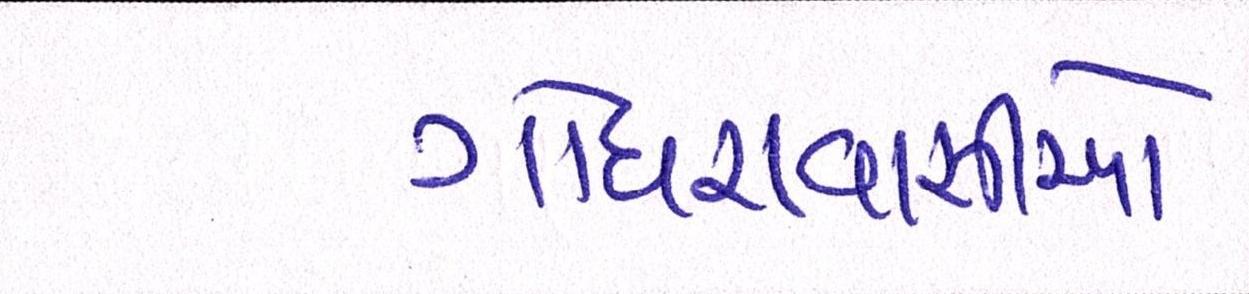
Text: ગોધરાવાસીઓ